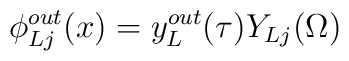
\phi^{out}_{Lj}(x)=y^{out}_L(\tau)Y_{Lj}(\Omega) \